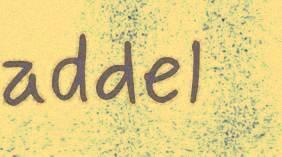
addel